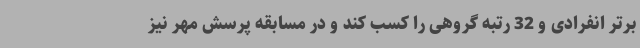
برتر انفرادی و 32 رتبه گروهی را کسب کند و در مسابقه پرسش مهر نیز